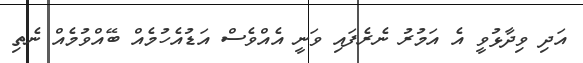
އަދި ވިދާޅުވީ އެ އަމުރު ނެރެފައި ވަނީ އެއްވެސް އަޑުއެހުމެއް ބޭއްވުމެއް ނެތި